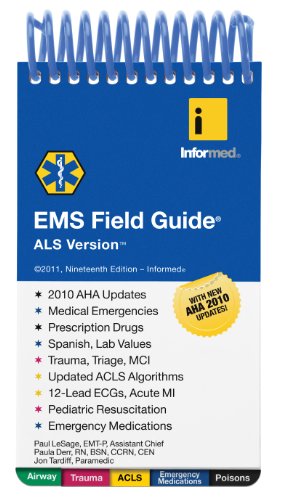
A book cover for EMS Field Guide, ALS Version; Paul LeSage; Medical Books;